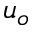
u _ { o }